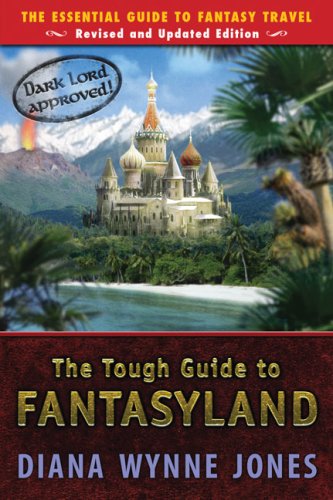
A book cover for The Tough Guide to Fantasyland: The Essential Guide to Fantasy Travel; Diana Wynne Jones; Teen & Young Adult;